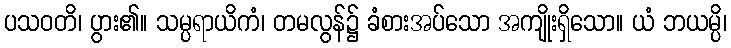
ပသဝတိ၊ ပွား၏။ သမ္ပရာယိကံ၊ တမလွန်၌ ခံစားအပ်သော အကျိုးရှိသော။ ယံ ဘယမ္ပိ၊